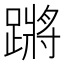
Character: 蹡